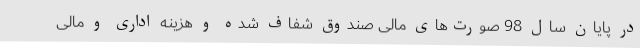
در پایان سال 98 صورت‌های مالی صندوق شفاف شده و هزینه اداری و مالی